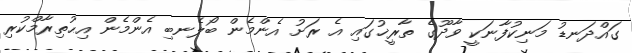
ގައްދަނޑު މަނިކުފާނަކީ ވާދޫގެ ތާރީޚުގައި އެ ރަށު އެންމެން ބޯލެނބި އެންމެން އިޙުތިރާމްކުރި